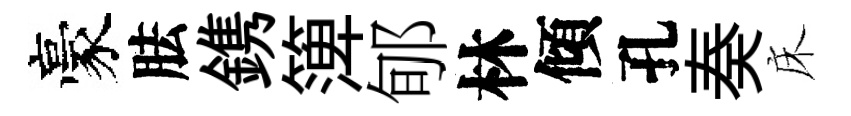
豪胠鎸𥱼郇林傾孔奏床